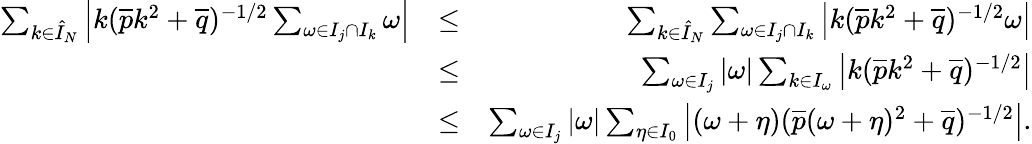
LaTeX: \begin{array}{rlr}{\sum_{k\in\hat{I}_{N}}\left|k(\overline{{p}}k^{2}+\overline{{q}})^{-1/2}\sum_{\omega\in I_{j}\cap I_{k}}\omega\right|}&{\leq}&{\sum_{k\in\hat{I}_{N}}\sum_{\omega\in I_{j}\cap I_{k}}\left|k(\overline{{p}}k^{2}+\overline{{q}})^{-1/2}\omega\right|}\\ &{\leq}&{\sum_{\omega\in I_{j}}|\omega|\sum_{k\in I_{\omega}}\left|k(\overline{{p}}k^{2}+\overline{{q}})^{-1/2}\right|}\\ &{\leq}&{\sum_{\omega\in I_{j}}|\omega|\sum_{\eta\in I_{0}}\left|(\omega+\eta)(\overline{{p}}(\omega+\eta)^{2}+\overline{{q}})^{-1/2}\right|.}\end{array}